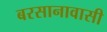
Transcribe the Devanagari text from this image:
बरसानावासी